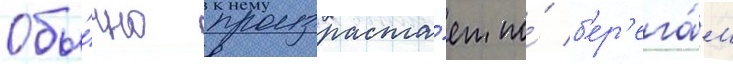
Обы́чно произраста́ет по́ б'ер'ега́м